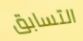
التسابق